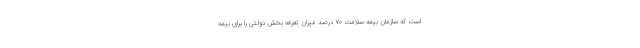
است که سازمان بیمه سلامت ۷۰ درصد میزان تعرفه بخش دولتی را برای بیمه